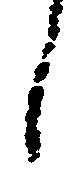
し